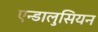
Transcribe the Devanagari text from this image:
एन्डालुसियन